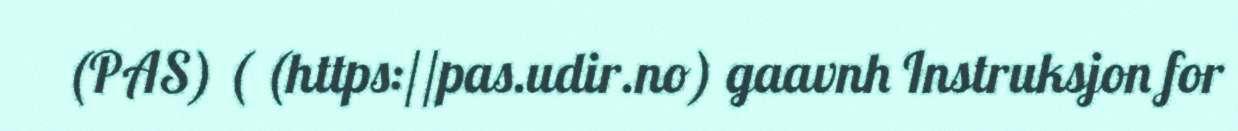
(PAS) ( (https://pas.udir.no) gaavnh Instruksjon for